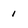
Character: i